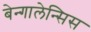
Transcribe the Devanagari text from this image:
बेन्गालेन्सिस